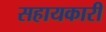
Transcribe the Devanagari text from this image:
सहायकारी